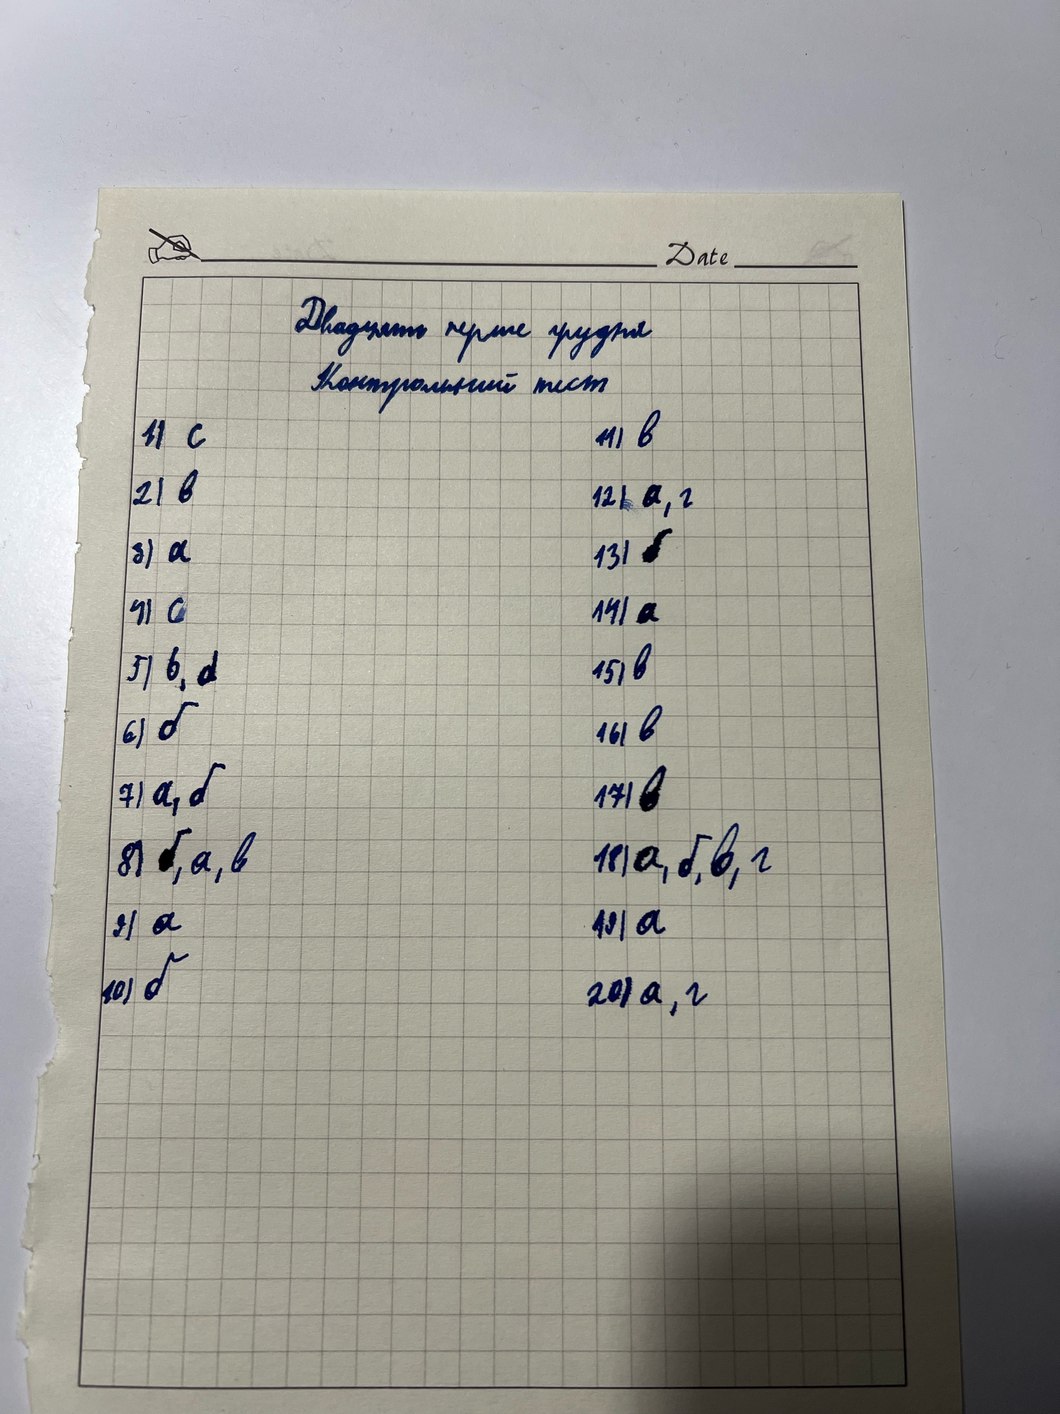
Двадцять перше грудня
Контрольний тест
1) с
11) в
2) в
12) а, г
3) а
13) б
4) а
14) а
5) в, d
15) в
16) в
6) б
7) а, б
17) в
8) б, а, в
18) а, б, в, г
18) а
7) а
10) б
20) а, г